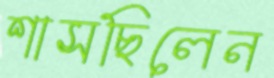
শাসছিলেন